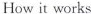
How it works